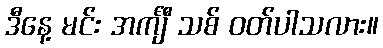
ဒီနေ့ မင်း အင်္ကျီ သစ် ဝတ်ပါသလား။